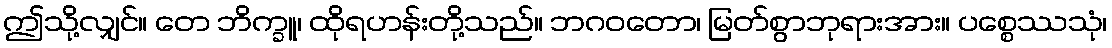
ဤသို့လျှင်။ တေ ဘိက္ခူ၊ ထိုရဟန်းတို့သည်။ ဘဂဝတော၊ မြတ်စွာဘုရားအား။ ပစ္စေဿသုံ၊